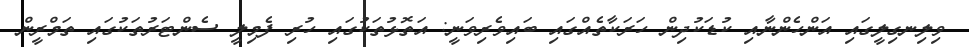
ވިލިނގިލީގައި އަންހެންނާއި ކުޑަކުދިން ހަރަކާތެއްގައި ބައިވެރިވަނީ: އަތޮޅުތަކުގައި ހުރި ފެމިލީ ސެންޓަރުތަކުގައި ތަމްރީން